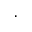
\cdot